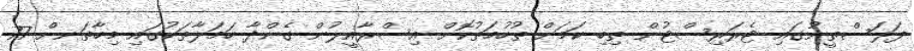
ފަލަސްތީނުގައި ޓެރަރިސްޓުން ތިބި ކަމަށް ތުހުމަތުކޮށް އިސްރާއީލުން ގެންދާ ހަމަލާތަކުގައި މިހާތަނށް 77